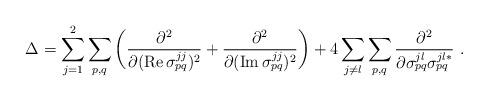
LaTeX: \begin{align*} \Delta = \sum_{j=1}^2 \sum_{p,q} \left(\frac{\partial^2} {\partial ({\rm Re}\,\sigma_{pq}^{jj})^2} + \frac{\partial^2} {\partial ({\rm Im}\,\sigma_{pq}^{jj})^2} \right) + 4 \sum_{j\neq l} \sum_{p,q} \frac{\partial^2} {\partial\sigma_{pq}^{jl}\sigma_{pq}^{jl*}} \ .\end{align*}